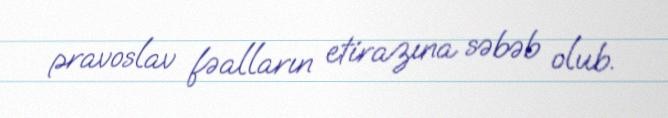
pravoslav fəalların etirazına səbəb olub.